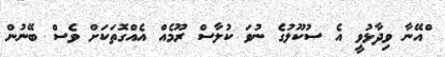
ްއޭނާ ވިދާޅުވީ އެ ސުކޫލުގެ ނުވަ ކުލާސް ރޫމެއް އެއްގޮތަކަށް ވެސް ބޭނުން